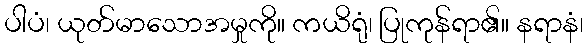
ပါပံ၊ ယုတ်မာသောအမှုကို။ ကယိရုံ၊ ပြုကုန်ရာ၏။ နရာနံ၊